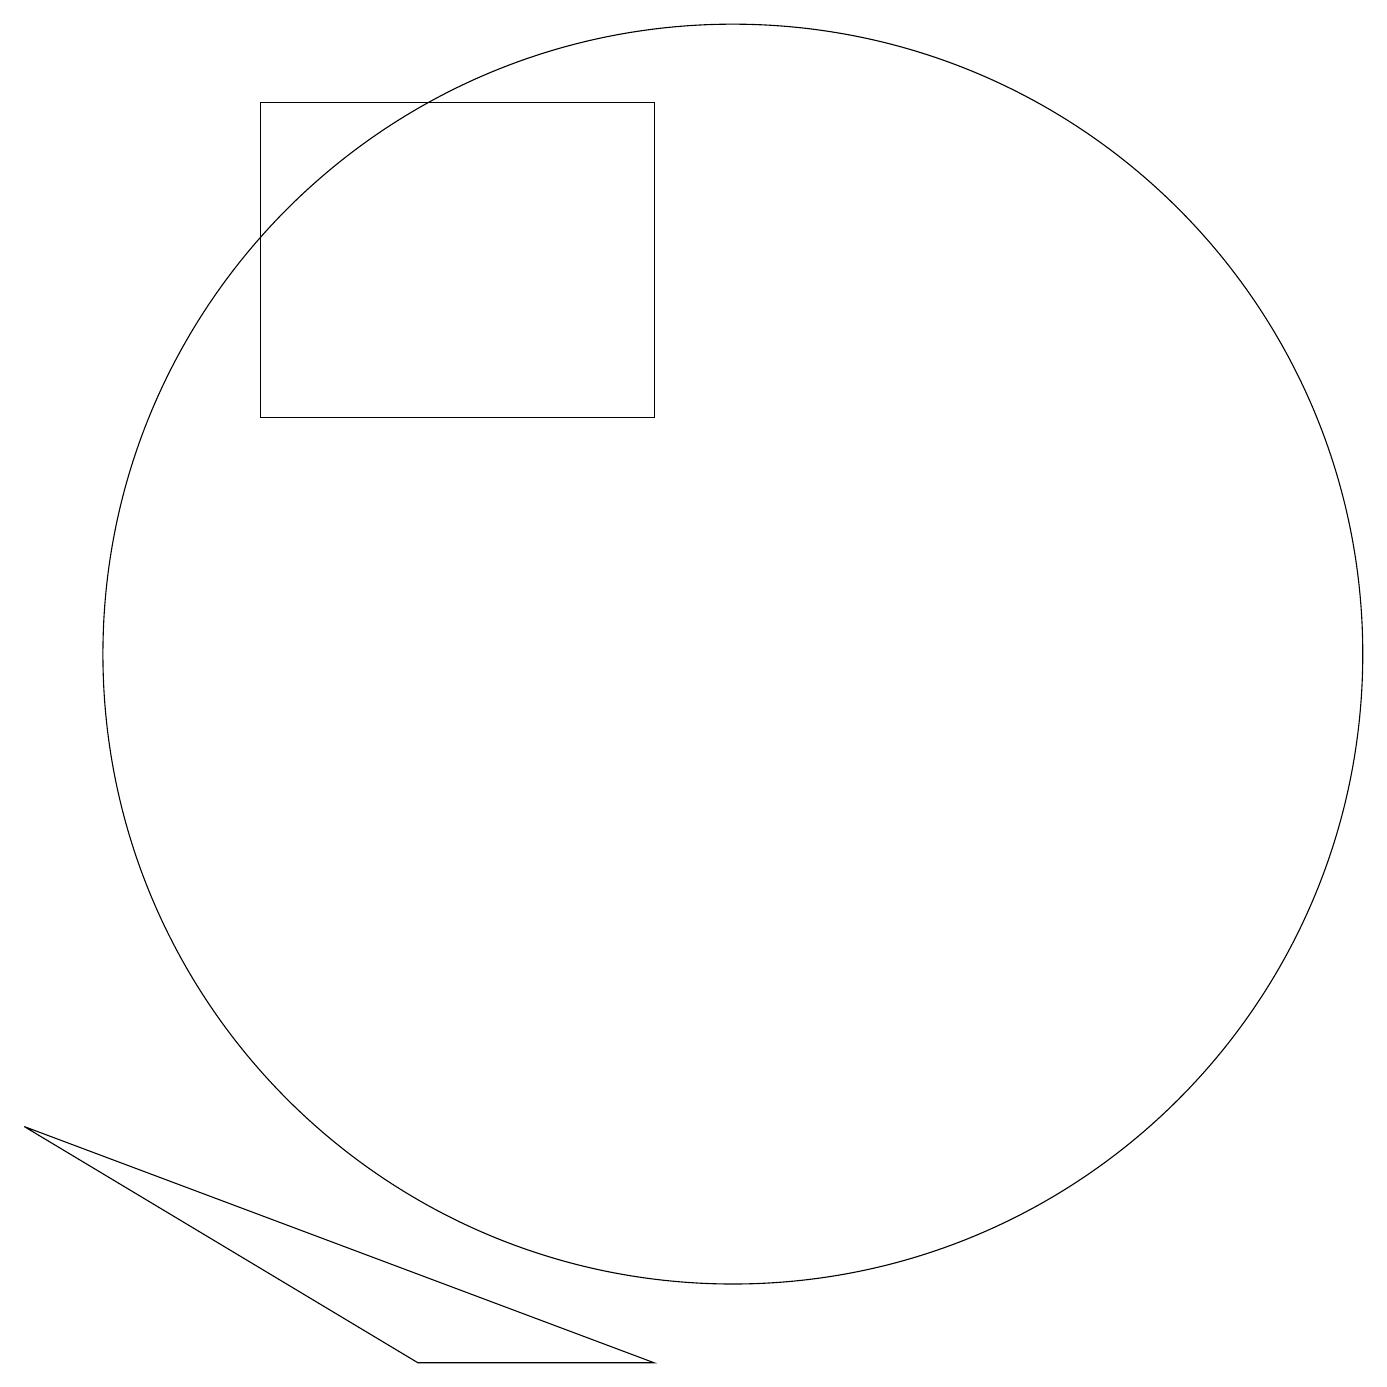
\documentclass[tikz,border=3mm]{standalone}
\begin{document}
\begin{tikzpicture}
\draw (10,11) circle (8);
\draw (1,5) -- (9,2) -- (6,2) -- cycle;
\draw (4,18) rectangle (9,14);
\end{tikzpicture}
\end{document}